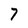
Character: 7